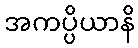
အကပ္ပိယာနိ